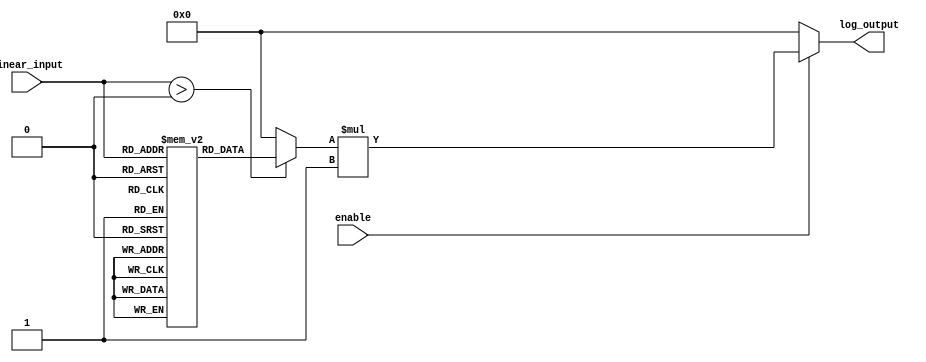
module LogarithmicScaler #(
    parameter INPUT_WIDTH = 8,   // Width of the input signal
    parameter OUTPUT_WIDTH = 8,  // Width of the output signal
    parameter SCALING_FACTOR = 1 // Scaling factor to adjust output
)(
    input wire [INPUT_WIDTH-1:0] linear_input, // Linear input from ADC
    input wire enable,                        // Enable signal
    output wire [OUTPUT_WIDTH-1:0] log_output // Logarithmic scaled output
);

    // Lookup table for logarithm base 2 (example values)
    reg [OUTPUT_WIDTH-1:0] log_lut [0:255];
    
    initial begin
        // Fill the lookup table with log values (example for base 2)
        // log_lut[0] = 0; // log(0) is undefined
        log_lut[1] = 0;    // log2(1) = 0
        log_lut[2] = 1;    // log2(2) = 1
        log_lut[3] = 1;    // log2(3) approx = 1.585
        log_lut[4] = 2;    // log2(4) = 2
        // Continue filling in values ...
        log_lut[255] = 8;  // log2(255) approx = 7.96
    end
    
    // Signal that will hold the logarithmic output
    wire [OUTPUT_WIDTH-1:0] raw_log_output;
    
    // Check if input is valid
    assign raw_log_output = (linear_input > 0) ? log_lut[linear_input] : 0;

    // Scale the output based on the scaling factor
    assign log_output = enable ? (raw_log_output * SCALING_FACTOR) : 0;

endmodule